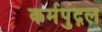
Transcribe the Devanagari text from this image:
कर्मपुद्गल